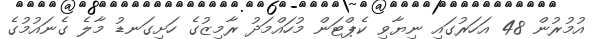
އުމުރުން 48 އަހަރުގައި ނިޔާވި ކެޕްޓަން މުހައްމަދު ރާމިޒުގެ ހަށިގަނޑު މާލެ ގެނައުމުގެ